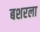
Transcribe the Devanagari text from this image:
बशरला